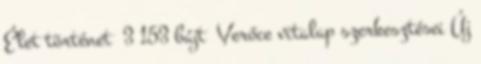
‎Élet történet ‎ 3 153 bájt ‎Verőce vitalap szerkesztései Új